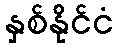
နှစ်နိုင်ငံ